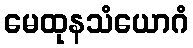
မေထုနသံယောဂံ